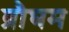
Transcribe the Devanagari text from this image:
ब्रौघम